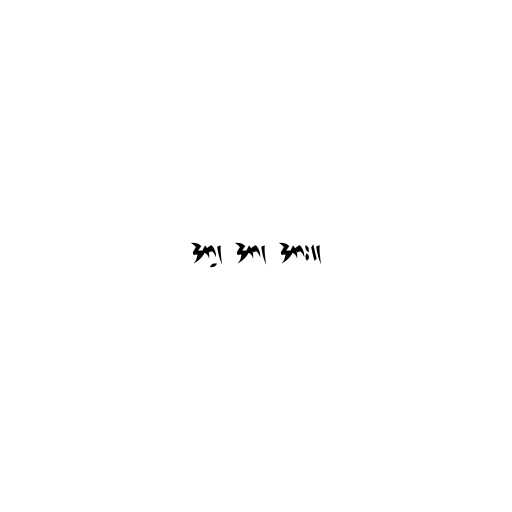
အာ့၊ အာ၊ အား။